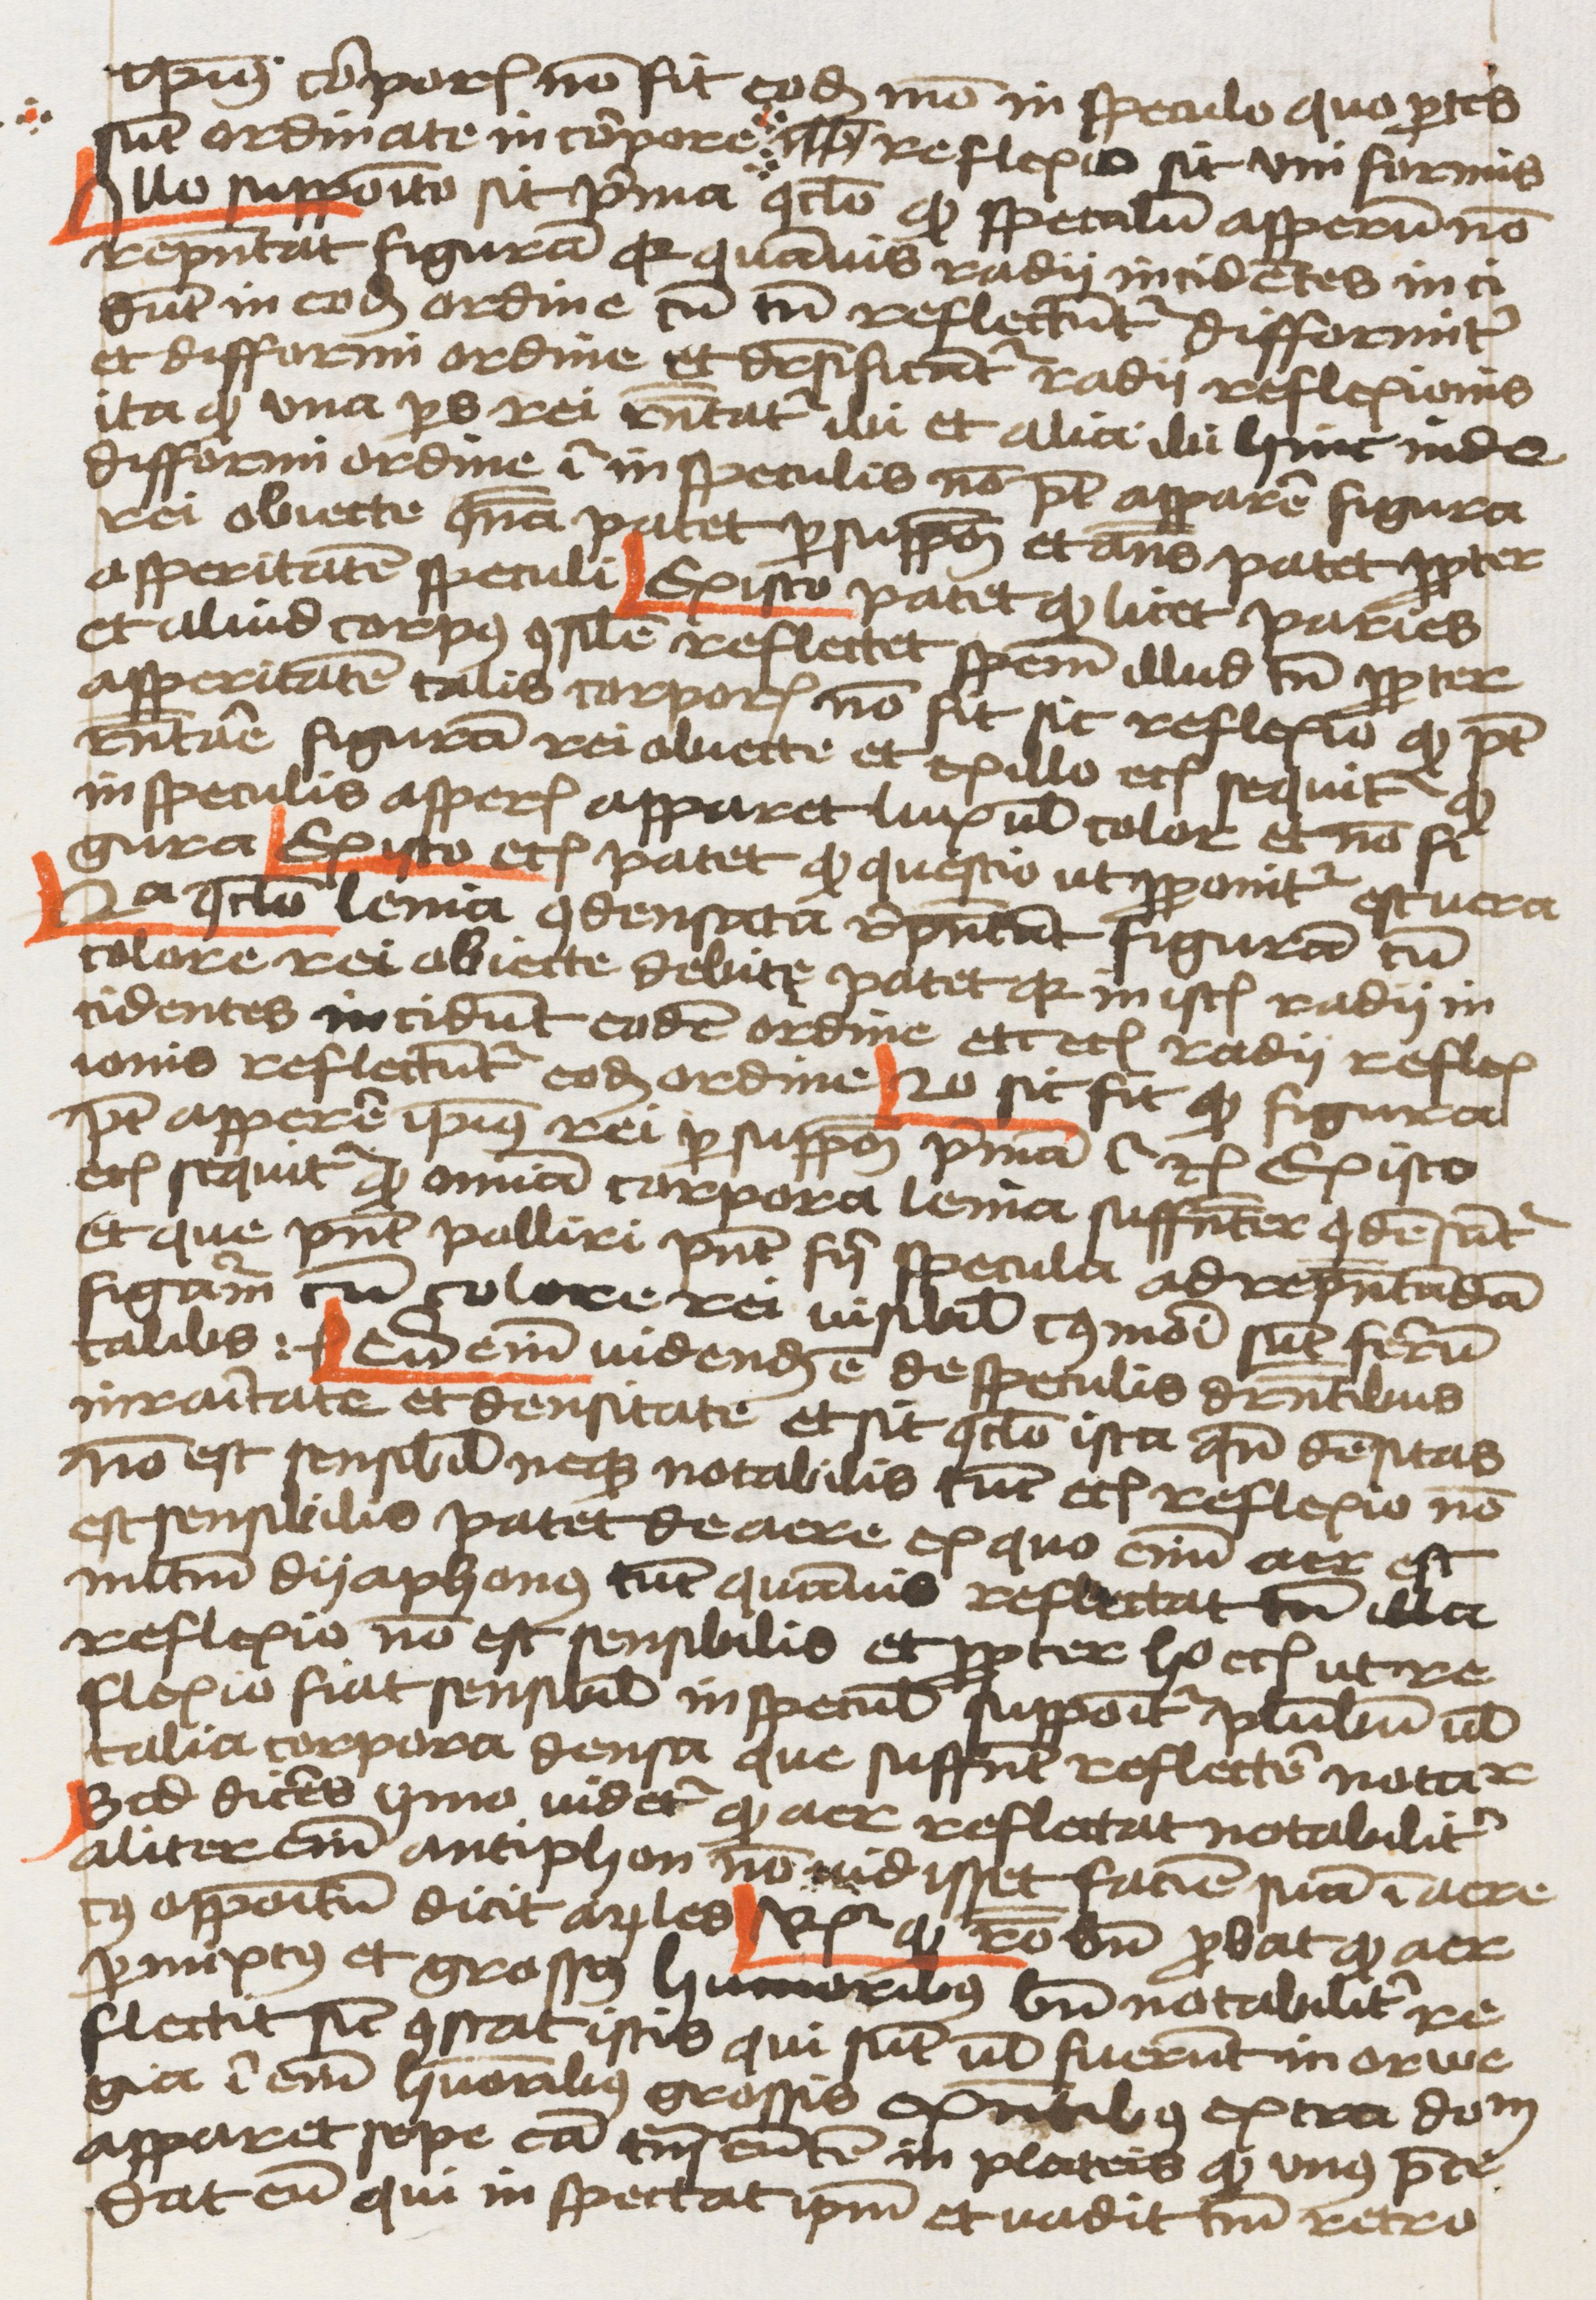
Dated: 1459–1459